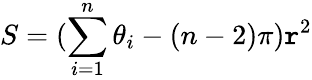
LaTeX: S=(\sum\limits_{i=1}^{n}\theta_{i}-(n-2)\pi)\mathtt{r}^{2}